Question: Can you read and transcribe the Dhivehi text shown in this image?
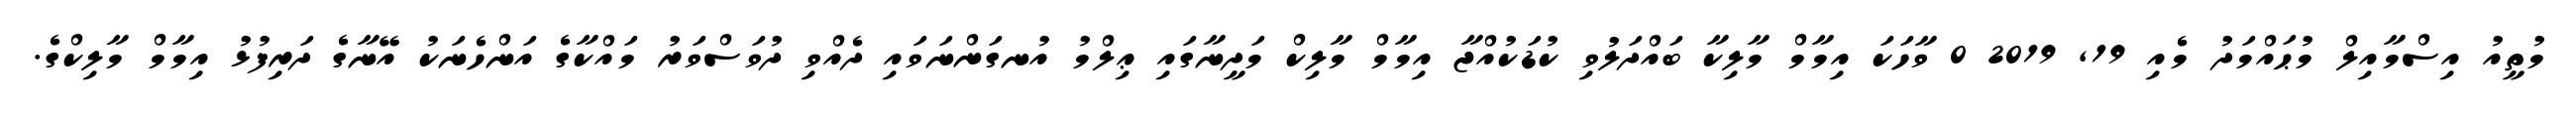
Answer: މުތީއު އިސްމާއިލް މުޙައްމަދު މެއި 19, 2019 0 ވާހަކަ އިމާމް މާލިކާ ބައްދަލުވި ކުޑަކުއްޖާ އިމާމް މާލިކް މަދީނާގައި ޢިލްމު އުނގަންނަވައި ދެއްވި ދުވަސްވަރު މައްކާގެ އަންހެނަކު އޭނާގެ ދަރިފުޅު އިމާމް މާލިކްގެ.